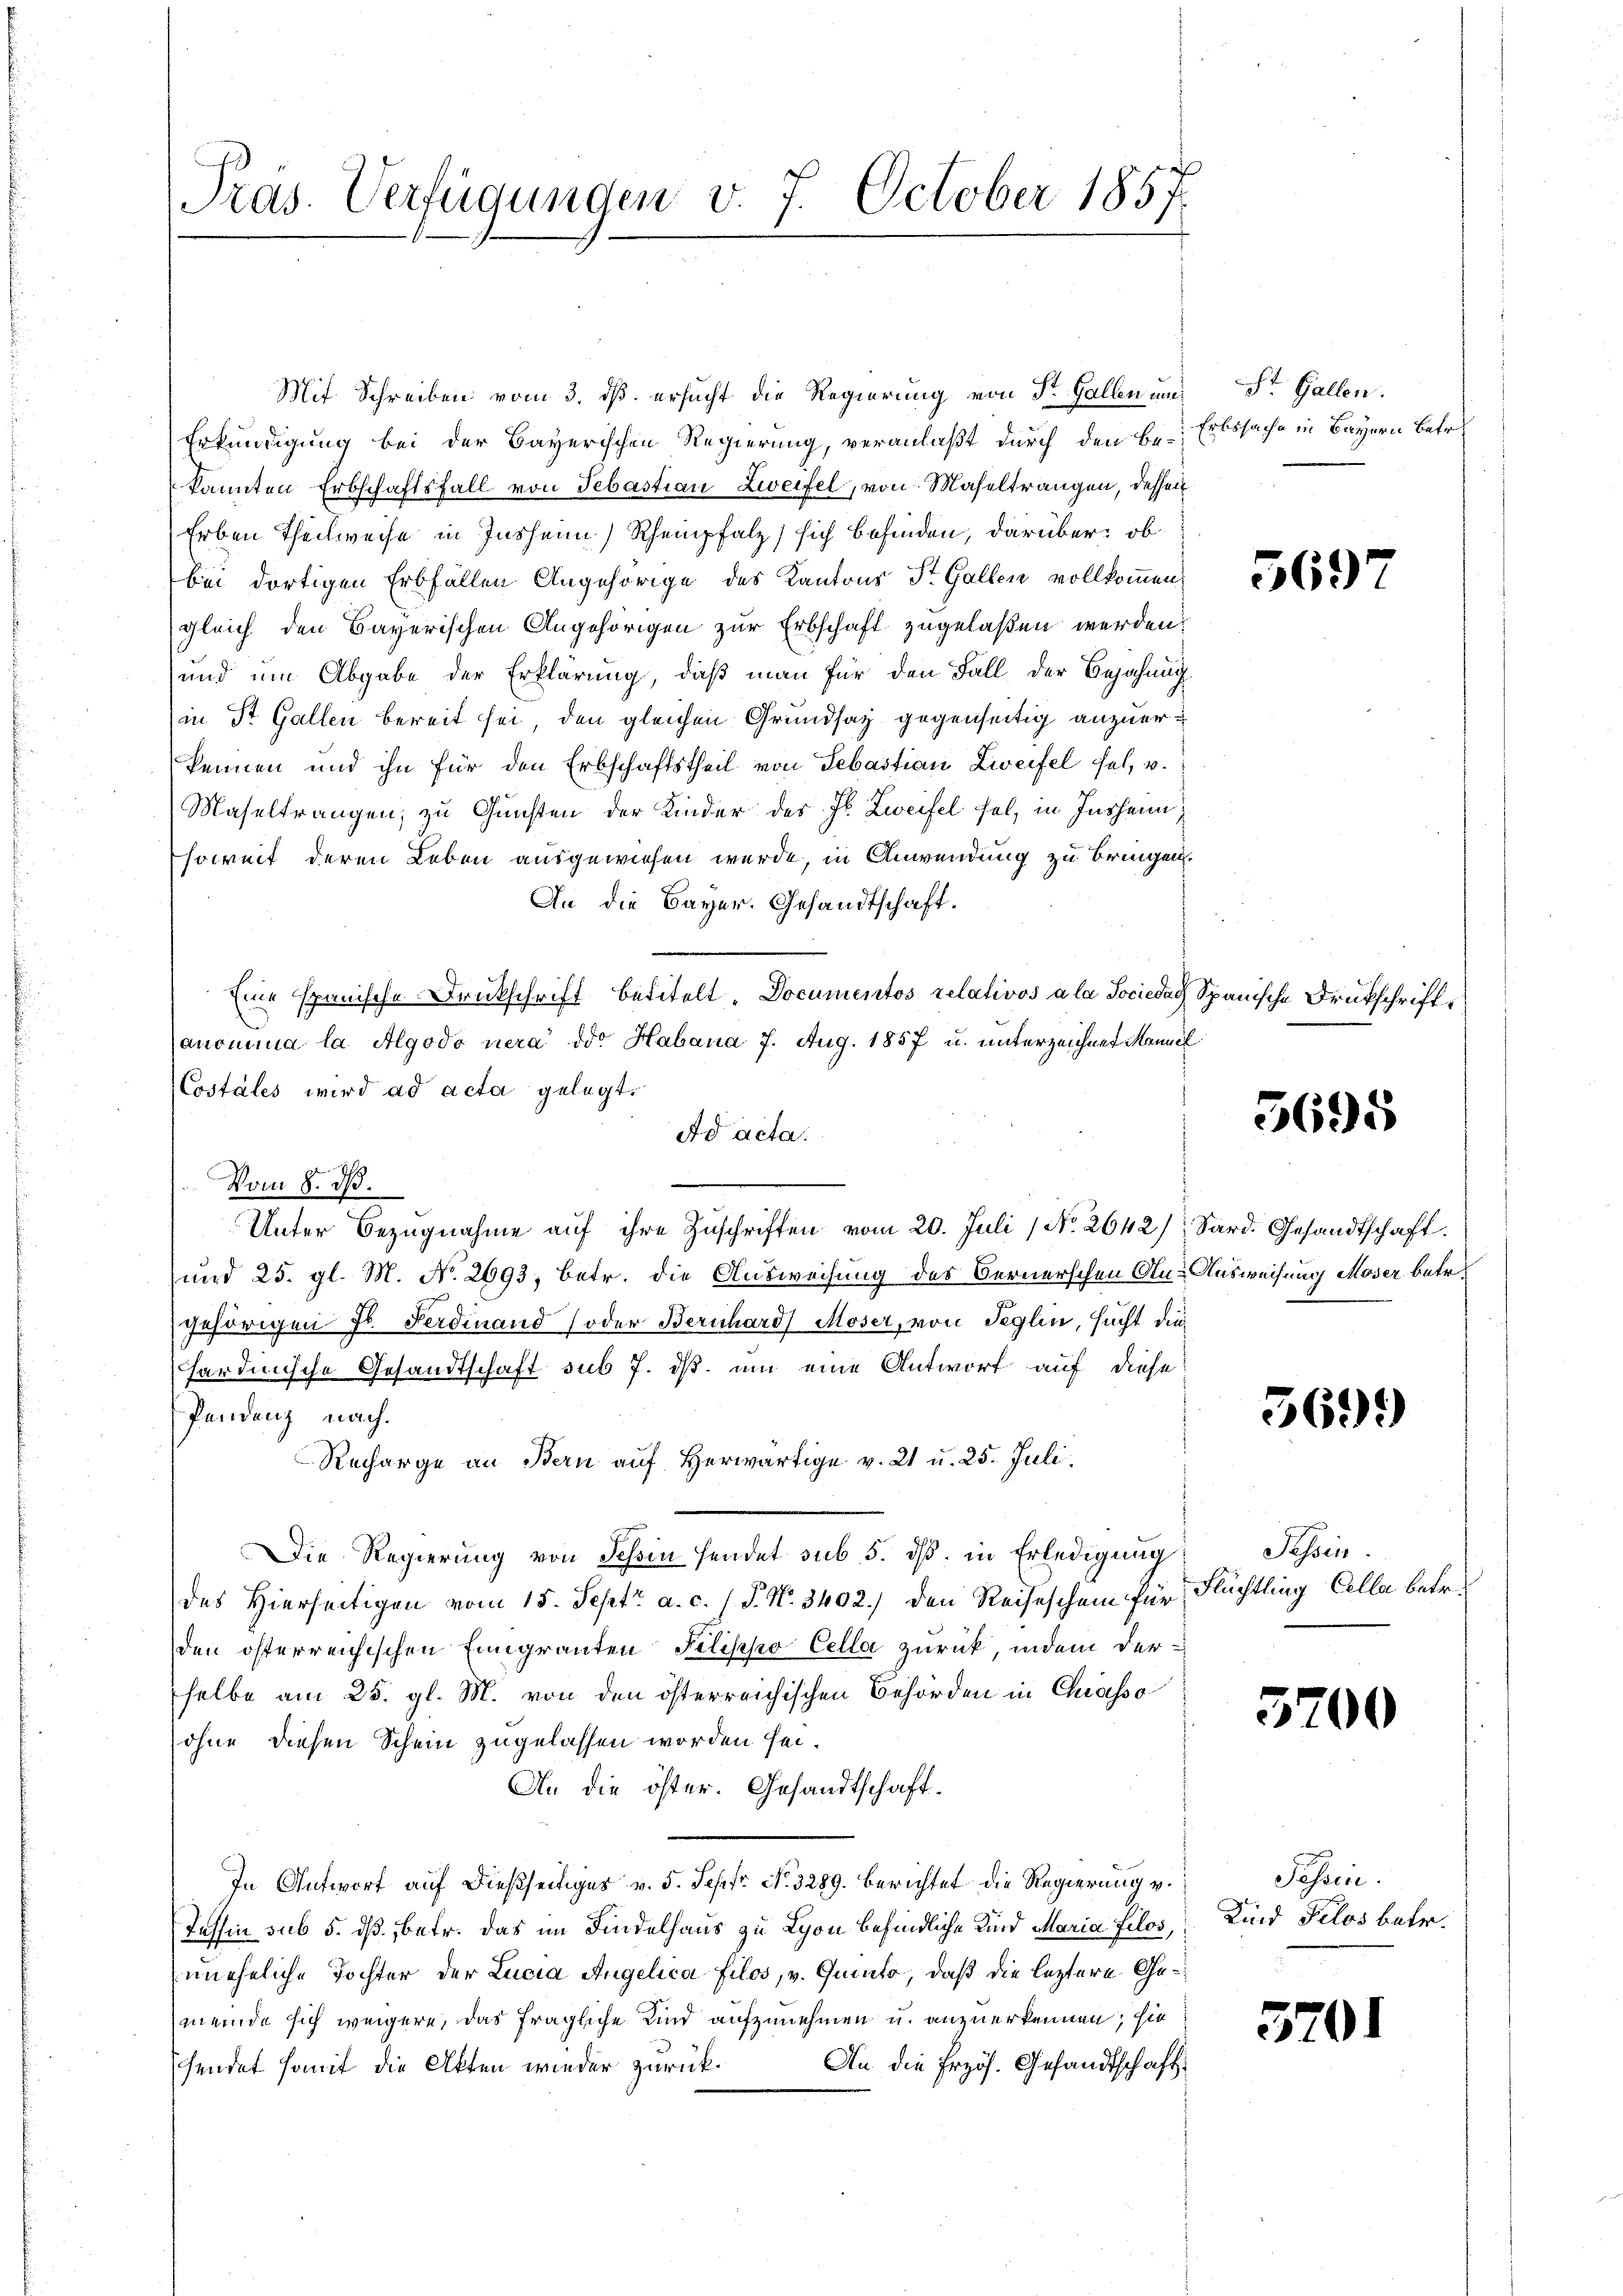
Pras. Verfügungen v. 7. October 1857.

Mit Schreiben vom 3. dß ersucht die Regierung von St. Gallen und
Erkundigung bei der Bayerischen Regierung, veranlaßt durch den bei Erbssache in Bayern betr.
kannten Erbschaftsfall von Sebastian Zweifel, von Maseltrangen, dessen
Erben Theilweise in Inshenn) Rheinpfalz) sich befinden, darüber: ob
bei dortigen Erbfällen Angehörige des Kantons St. Gallen vollkommen
gleich den Bayerischen Angehörigen zur Erbschaft zugelaßen werden:
und um Abgabe der Erklärung, daß man für den Fall der Bejahung
in St. Gallen bereit sei, den gleichen Grundsaz gegenseitig anzuerkennen und ihn für den Erbschaftstheil von Sebastian Zweifel fel, v.
Maseltrangen, zu Gunsten der Kinder des Hr. Zweifel fel, in Insheim,
soweit deren Leben ausgewiesen werde, in Anwendung zu bringen.
An die Bayer. Gesandtschaft.
Eine spanische Druckschrift betitelt. Documentos relativos a la Sociedach Spanische Drukschrift
anomina la Algodo nera der Habana 7. Aug. 1857 u. unterzeichnet Manne
Costales wird ad acta gelegt.
Ad acta.
Vom 8. ds.
Unter Bezŭgnahme aŭf ihre Zŭschriften vom 20. Juli 1 No 2642), Sard. Gesandtschaft
und 25. gl. M. No. 2693, betr. die Ausweisung des Bernerschen An-Ausweisung Moser betr.
gehörigen Fl. Ferdinand (oder Bernhard Moser, von Seglin, sucht diesardinische Gesandtschaft sub 7. ds. um eine Antwort auf diese
Pendenz nach
Recharge an Bern auf herwärtige v. 21 u. 25. Juli,
Die Regierung von Schin sendet sub 5. dß. in Erledigung
des Hierseitigen vom 15. Sept. a. c. J. J. N. 3402.) den Reiseschein für
den österreichischen Eingranten Pilippo Cella zurück, indem derselbe am 25. gl. M. von den österreichischen Behörden in Chiasso
ohne diesen Schein zugelassen worden sei.
An die öster. Gesandtschaft.
In Antwort auf dießseitiges v. 5. Sept No. 3289. Berichtet die Regierung v.
Tessin sub 5. dß, betr. das im Findelhaus zu Lyon befindliche Kind Maria filos, Kind Pelos betr.
uneheliche Tochter der Lucia Angelica filos, v. Quinto, daß die leztere Gemeinde sich weigere, das fragliche Kind aufzunehmen u. anzuerkennen; sie
An die Erzös. Gesandtschaft
sendet somit die Akten wieder zurück.

St. Gallen.

569

3695

5699

Tessin
Flüchtling Cella betr.

5700

Possen.

5201